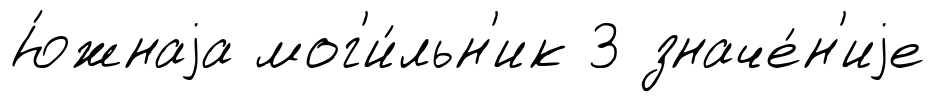
Ю́жнаjа мог'и́льн'ик 3 значе́н'иjе